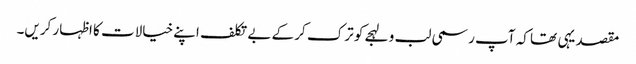
مقصد یہی تھا کہ آپ رسمی لب و لہجے کو ترک کر کے بے تکلف اپنے خیالات کا اظہار کریں۔